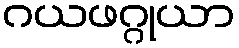
ဂယဖဂ္ဂုယာ